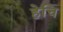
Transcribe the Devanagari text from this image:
हेचि